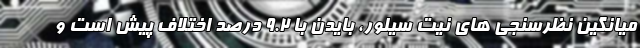
میانگین نظرسنجی های نیت سیلور، بایدن با 9.2 درصد اختلاف پیش است و